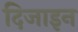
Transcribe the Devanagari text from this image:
दिजाइन